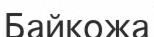
Байкожа